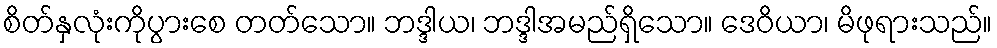
စိတ်နှလုံးကိုပွားစေ တတ်သော။ ဘဒ္ဒါယ၊ ဘဒ္ဒါအမည်ရှိသော။ ဒေဝိယာ၊ မိဖုရားသည်။